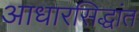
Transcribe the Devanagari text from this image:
आधारसिद्धांत